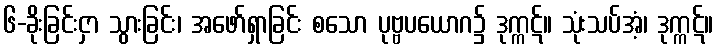
၆-ခိုးခြင်းငှာ သွားခြင်း၊ အဖော်ရှာခြင်း စသော ပုဗ္ဗပယောဂ၌ ဒုက္ကဋ်။ သုံးသပ်အံ့၊ ဒုက္ကဋ်။